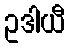
ဥဒါယီ